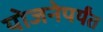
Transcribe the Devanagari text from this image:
योजनेपर्यंत